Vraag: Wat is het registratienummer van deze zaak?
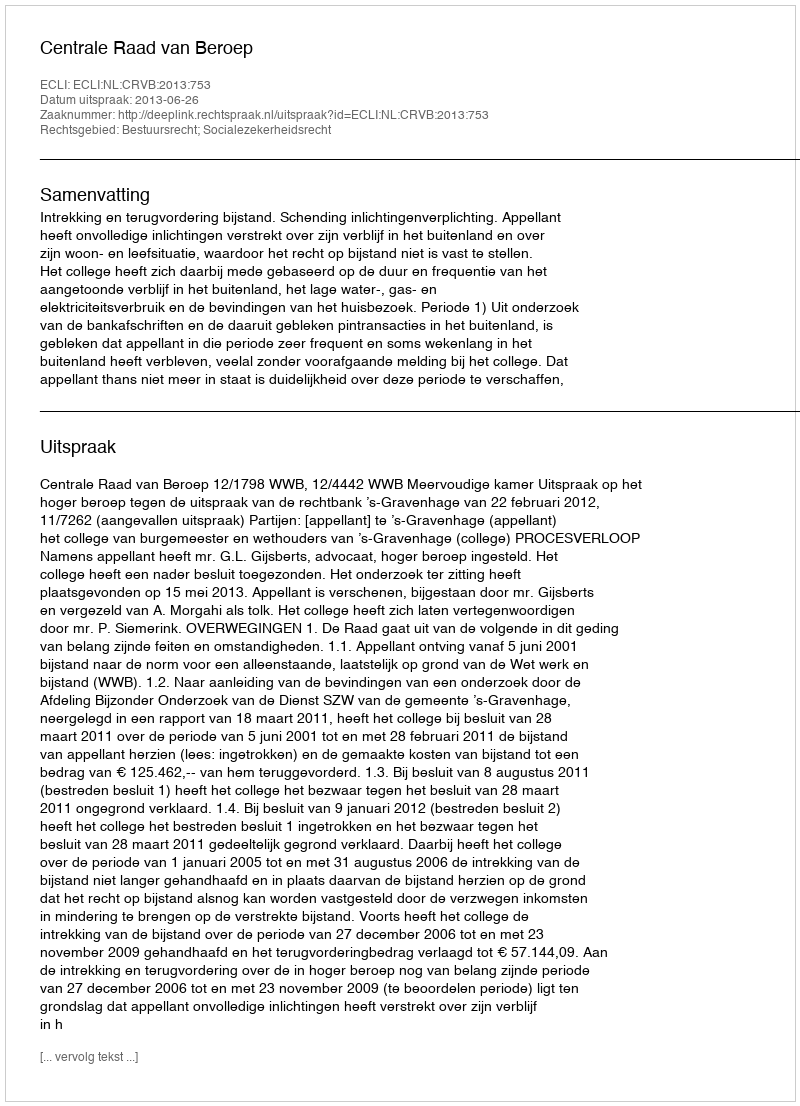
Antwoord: http://deeplink.rechtspraak.nl/uitspraak?id=ECLI:NL:CRVB:2013:753